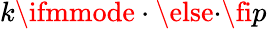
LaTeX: k\ifmmode\cdot\else\textperiodcentered\fi{}p